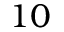
1 0